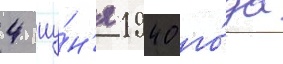
4 иу́н'я 1940 го́да